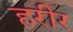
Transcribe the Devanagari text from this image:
हरीर